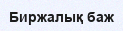
Биржалық баж